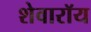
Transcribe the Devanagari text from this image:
शेवारॉय